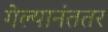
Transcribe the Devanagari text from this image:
गेल्यानंततर